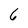
Character: 6